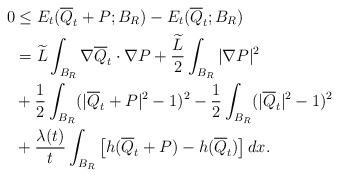
LaTeX: \begin{align*}0 & \leq E_t(\overline Q_t + P; B_R) - E_t(\overline Q_t; B_R) \\& = \widetilde{L}\int_{B_R} \nabla \overline Q_t \cdot\nabla P + \frac{\widetilde L}{2}\int_{B_R} |\nabla P|^2 \\&+ \frac{1}{2}\int_{B_R} (|\overline Q_t+P|^2-1)^2 -\frac 12 \int_{B_R} (|\overline Q_t|^2-1)^2 \\& + \frac{\lambda(t)}{t}\int_{B_R} \big[ h(\overline Q_t+P)-h(\overline Q_t) \big] \, dx.\end{align*}